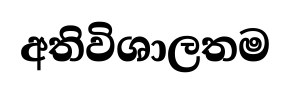
අතිවිශාලතම